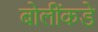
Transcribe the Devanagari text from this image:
बोलींकडे